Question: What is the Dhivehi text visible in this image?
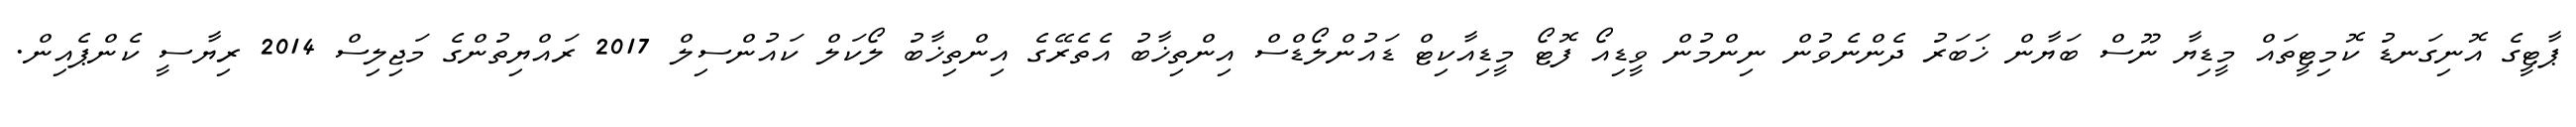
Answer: ޕާޓީގެ އޮނިގަނޑު ކޮމިޓީތައް މީޑިޔާ ނޫސް ބަޔާން ޚަބަރު ދެންނެވުން ނިންމުން ވީޑިއޯ ފޮޓޯ މީޑިއާކިޓް ޑައުންލޯޑްސް އިންތިޚާބު އެތެރޭގެ އިންތިޚާބު ލޯކަލް ކައުންސިލް 2017 ރައްޔިތުންގެ މަޖިލިސް 2014 ރިޔާސީ ކެންޕެއިން.